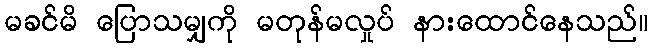
မခင်မိ ပြောသမျှကို မတုန်မလှုပ် နားထောင်နေသည်။